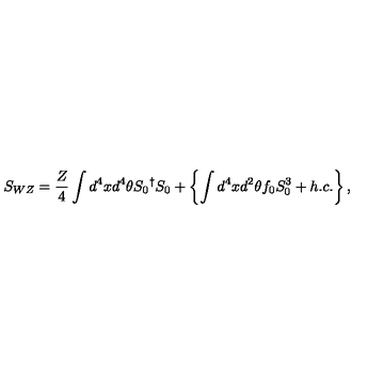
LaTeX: S _ { W Z } = \frac { Z } { 4 } \int d ^ { 4 } x d ^ { 4 } \theta { S _ { 0 } } ^ { \dagger } { S _ { 0 } } + \left\{ \int d ^ { 4 } x d ^ { 2 } \theta f _ { 0 } S _ { 0 } ^ { 3 } + h . c . \right\} ,